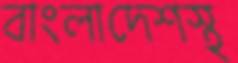
বাংলাদেশস্থ